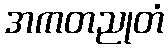
အကတညုတံ